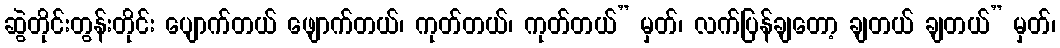
ဆွဲတိုင်းတွန်းတိုင်း ပျောက်တယ် ဖျောက်တယ်၊ ကုတ်တယ်၊ ကုတ်တယ်” မှတ်၊ လက်ပြန်ချတော့ ချတယ် ချတယ်” မှတ်၊